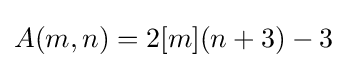
A(m,n)=2[m](n+3)-3